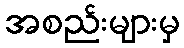
အစည်းများမှ